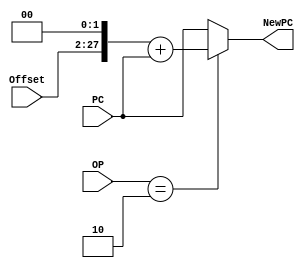

module Jump( NewPC, Offset, PC, OP ) ;
	input[25:0] Offset ;
	input[31:0] PC ;
	input[5:0] OP ;
	output[31:0] NewPC ;
	
	wire[27:0] temp ;
	assign temp[27:0] = ( Offset << 2 ) ;
	assign NewPC[31:0] = ( OP == 2 ) ? ( temp + PC ) : PC ;
endmodule